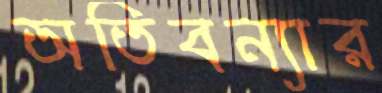
অতিবন্যার